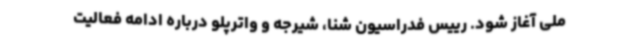
ملی آغاز شود. رییس فدراسیون شنا، شیرجه و واترپلو درباره ادامه فعالیت